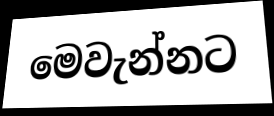
මෙවැන්නට